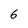
Character: 6